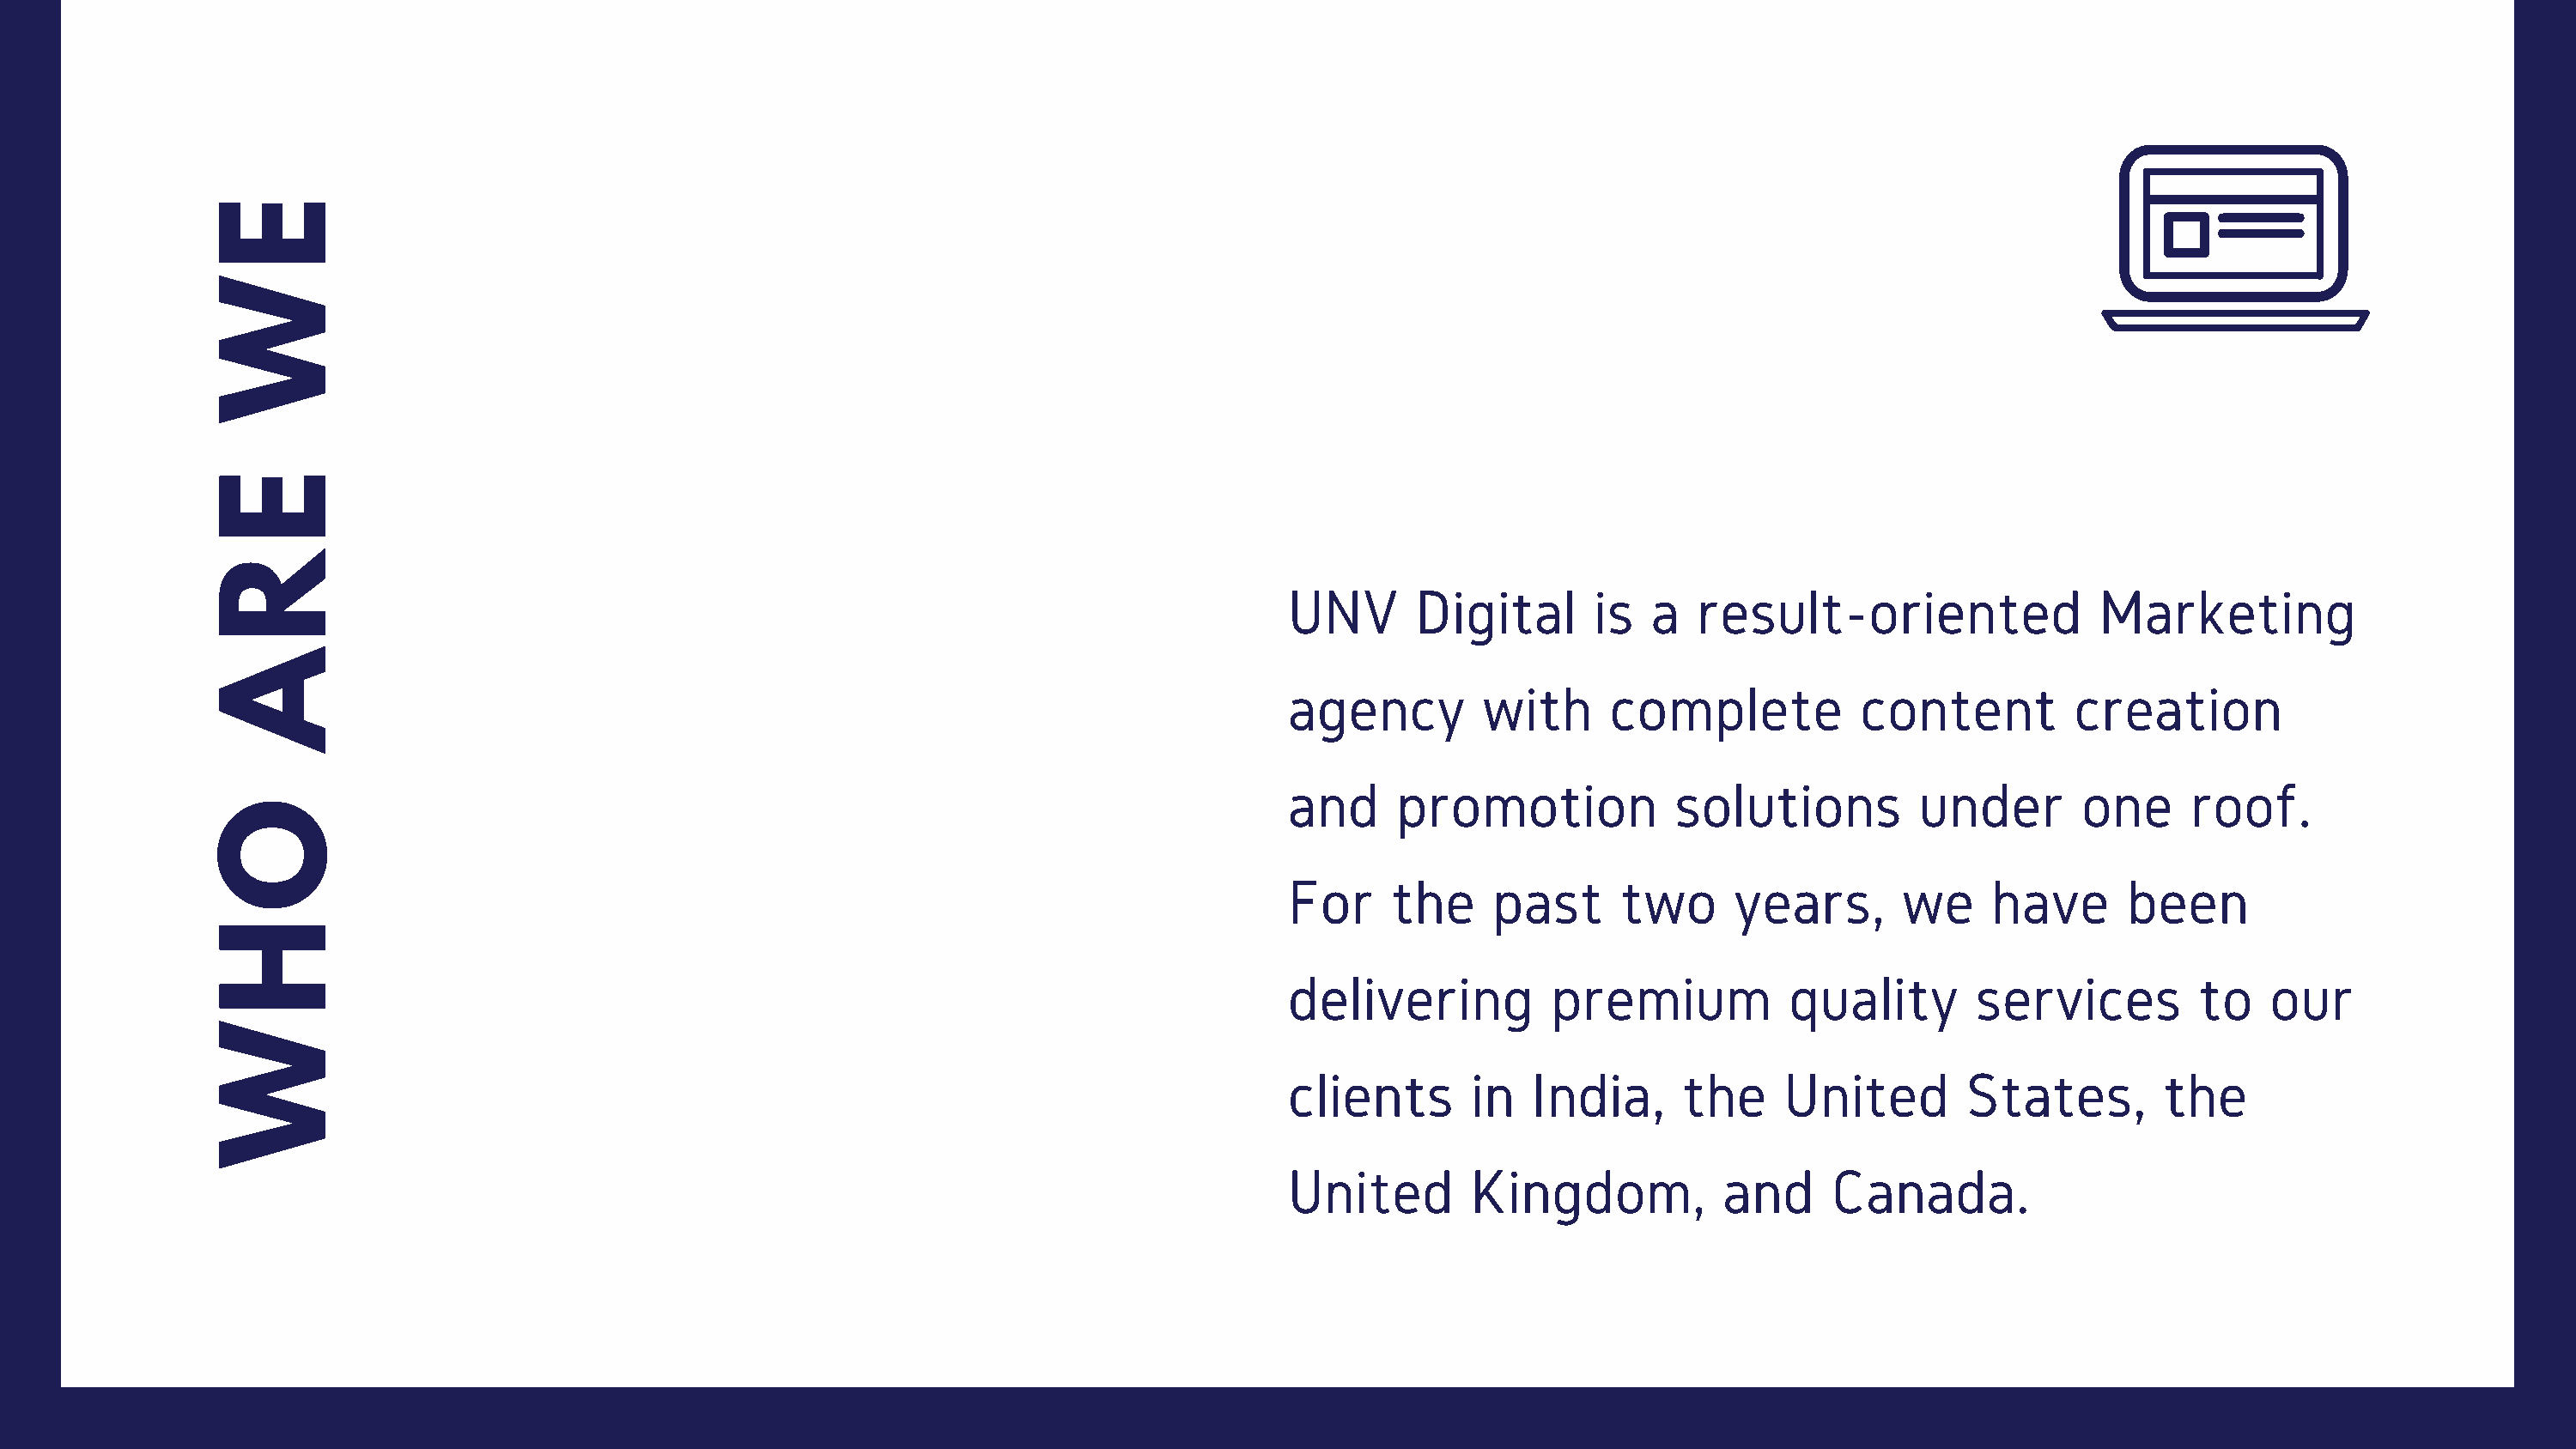
E
 W
 E
 R
 UNV       Digital       is  a   result-oriented                Marketing
 A
 agency         with      complete           content          creation
 and      promotion            solutions          under       one      roof.
 O
 For     the     past      two      years,       we     have      been
 H
 delivering           premium           quality       services          to   our
 W
 clients       in   India,      the     United        States,        the
 United        Kingdom,            and     Canada.